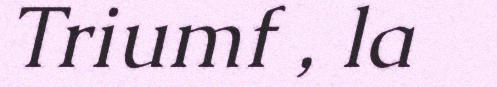
Triumf , la